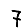
Digit: 7